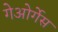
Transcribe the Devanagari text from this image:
गेओर्गेस